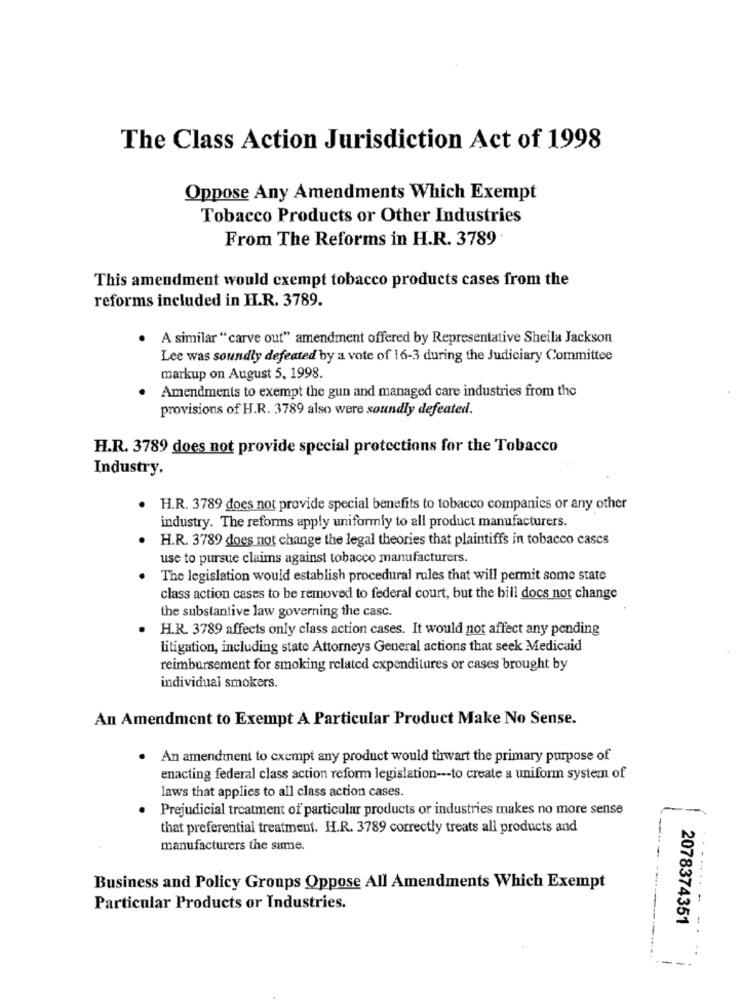
The Class Action Jurisdiction Act of 1998
Oppose Any Amendments Which Exempt
Tobacco Products or Other Industries
From The Reforms in H.R. 3789
This amendment would exempt tobacco products cases from the
reforms included in H.R. 3789.
A similar " carve out" amendment offered by Representative Sheila Jackson
Lee was soundly defeated by a vote of 16-3 during the Judiciary Committee
markup on August 5, 1998.
Amendments to exempt the gun and managed care industries from the
provisions of H.R. 3789 also were soundly defeated.
H.R. 3789 does not provide special protections for the Tobacco
Industry.
H.R. 3789 does not provide special benefits to tobacco companies or any other
industry. The reforms apply uniformly to all product manufacturers.
H.R. 3789 does not change the legal theories that plaintiffs in tobacco cascs
use to pursue claims against tobacco manufacturers.
The legislation would establish procedural rules that will permit some state
class action cases to be removed to federal court, but the bill docs not change
the substantive law governing the casc.
H.R. 3789 affects only class action cases. It would not affect any pending
litigation, including state Attorneys General actions that seek Medicaid
reimbursement for smoking related expenditures or cases brought by
individual smokers.
An Amendment to Exempt A Particular Product Make No Sense.
An amendment to cxempt any product would thwart the primary purpose of
enacting federal class action reform legislation --- to create a uniform system of
laws that applies to all class action cases.
·Prejudicial treatment of particular products or industries makes no more sense
that preferential treatment. H.R. 3789 correctly treats all products and
manufacturers the same.
Business and Policy Groups Oppose All Amendments Which Exempt
......-
Particular Products or Industries.
2078374351